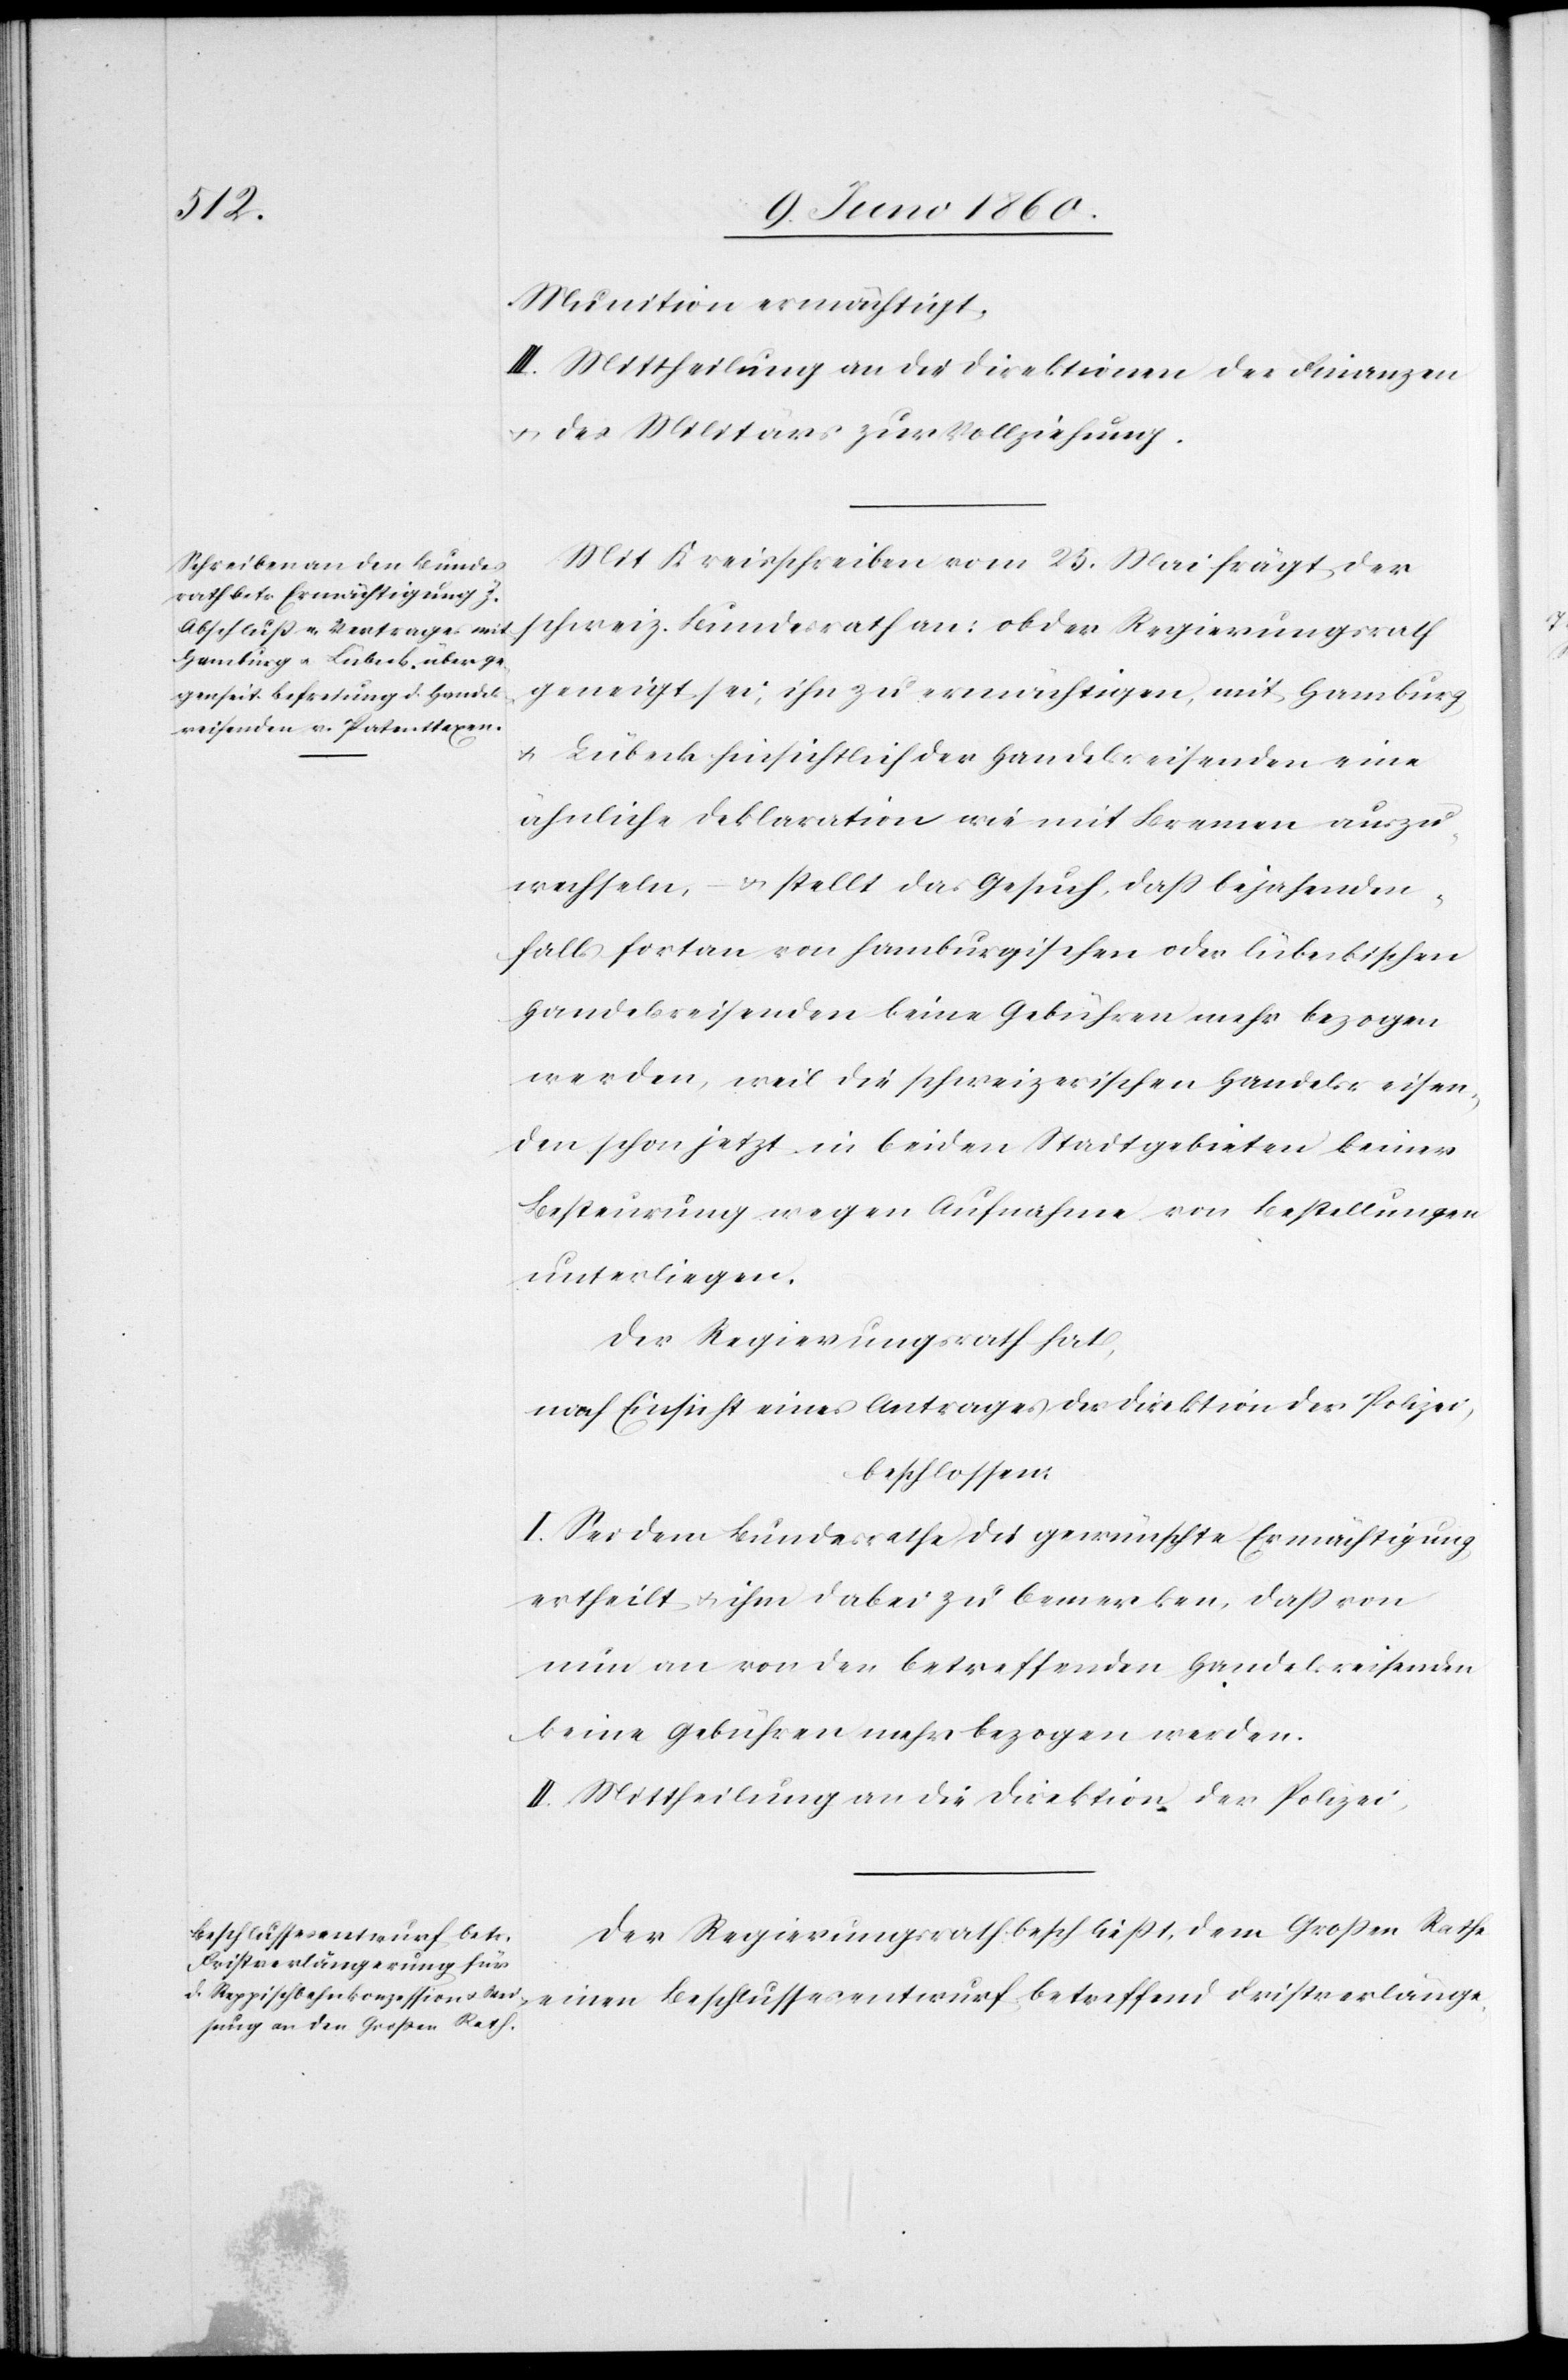
Munition ermächtigt.
III. Mittheilung an die Direktionen der Finanzen
u. des Militärs zur Vollziehung.
Mit Kreisschreiben vom 25. Mai frägt der
schweiz. Bundesrath an: ob der Regierungsrath
geneigt sei, ihn zu ermächtigen, mit Hamburg
und Lübeck hinsichtlich der Handelsreisenden eine
ähnliche Deklaration wie mit Bremen auszu¬
wechseln. – stellt das Gesuch, dass bejahenden¬
falls fortan von hamburgischen oder lübeckischen
Handelsreisenden keine Gebühren mehr bezogen
werden, weil die schweizerischen Handelsreisen¬
den schon jetzt in beiden Stadtgemeinden keiner
Besteurung wegen Aufnahme von Bestellungen
unterliegen.
Der Regierungsrath hat,
nach Einsicht eines Antrages der Direktion der Polizei,
beschlossen:
I. Sei dem Bundesrathe die gewünschte Ermächtigung
ertheilt u. ihm dabei zu bemerken, dass von
nun an von den betreffenden Handelsreisenden
keine Gebühren mehr bezogen werden.
II. Mittheilung an die Direktion der Polizei.
Der Regierungsrath beschliesst, dem Grossen Rathe
einen Beschlussesentwurf betreffend Fristverlänge-